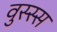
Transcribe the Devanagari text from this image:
वुस्स्स